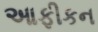
આફીકન